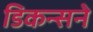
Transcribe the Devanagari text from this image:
डिकन्सने